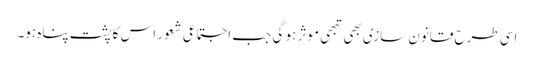
اسی طرح قانون سازی بھی تبھی موثر ہو گی جب اجتماعی شعور اس کا پشت پناہ ہو۔